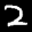
Label: 2